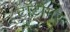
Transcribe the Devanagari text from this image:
टॉटोमर